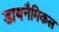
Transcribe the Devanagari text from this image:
डायनैमिकल